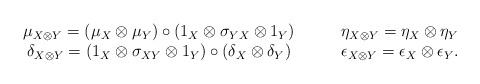
LaTeX: \begin{align*} \begin{array}{cc} \mu_{X\otimes Y} = (\mu_X \otimes \mu_Y)\circ(1_X \otimes \sigma_{YX}\otimes 1_Y) \qquad& \eta_{X\otimes Y} = \eta_X \otimes \eta_Y \\ \delta_{X\otimes Y} = (1_X \otimes \sigma_{XY}\otimes 1_Y)\circ(\delta_X \otimes \delta_Y) \qquad& \epsilon_{X\otimes Y} = \epsilon_X \otimes \epsilon_Y. \end{array}\end{align*}